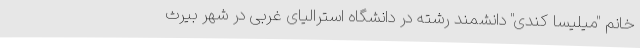
خانم "میلیسا کندی" دانشمند رشته در دانشگاه استرالیای غربی در شهر بیرث